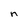
Character: n